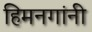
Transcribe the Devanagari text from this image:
हिमनगांनी